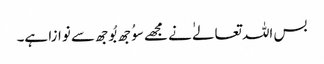
بس اللہ تعالےٰ نے مجھے سوُجھ بُوجھ سے نوازا ہے۔